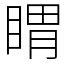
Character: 䁌